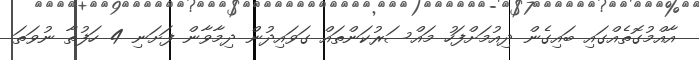
އާއްމުގޮތެއްގައި ބައިގެން ދިއުމަށްފަހު މައްސަރުކަންތައް ގަވައިދުން ދިމާވާން ފަށަނި 4 ހަފުތާ ނުވަތަ